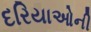
દરિયાઓની